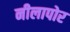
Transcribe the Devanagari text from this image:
नीलापोर